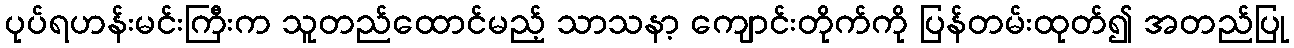
ပုပ်ရဟန်းမင်းကြီးက သူတည်ထောင်မည့် သာသနာ့ ကျောင်းတိုက်ကို ပြန်တမ်းထုတ်၍ အတည်ပြု